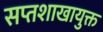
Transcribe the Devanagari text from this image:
सप्तशाखायुक्त